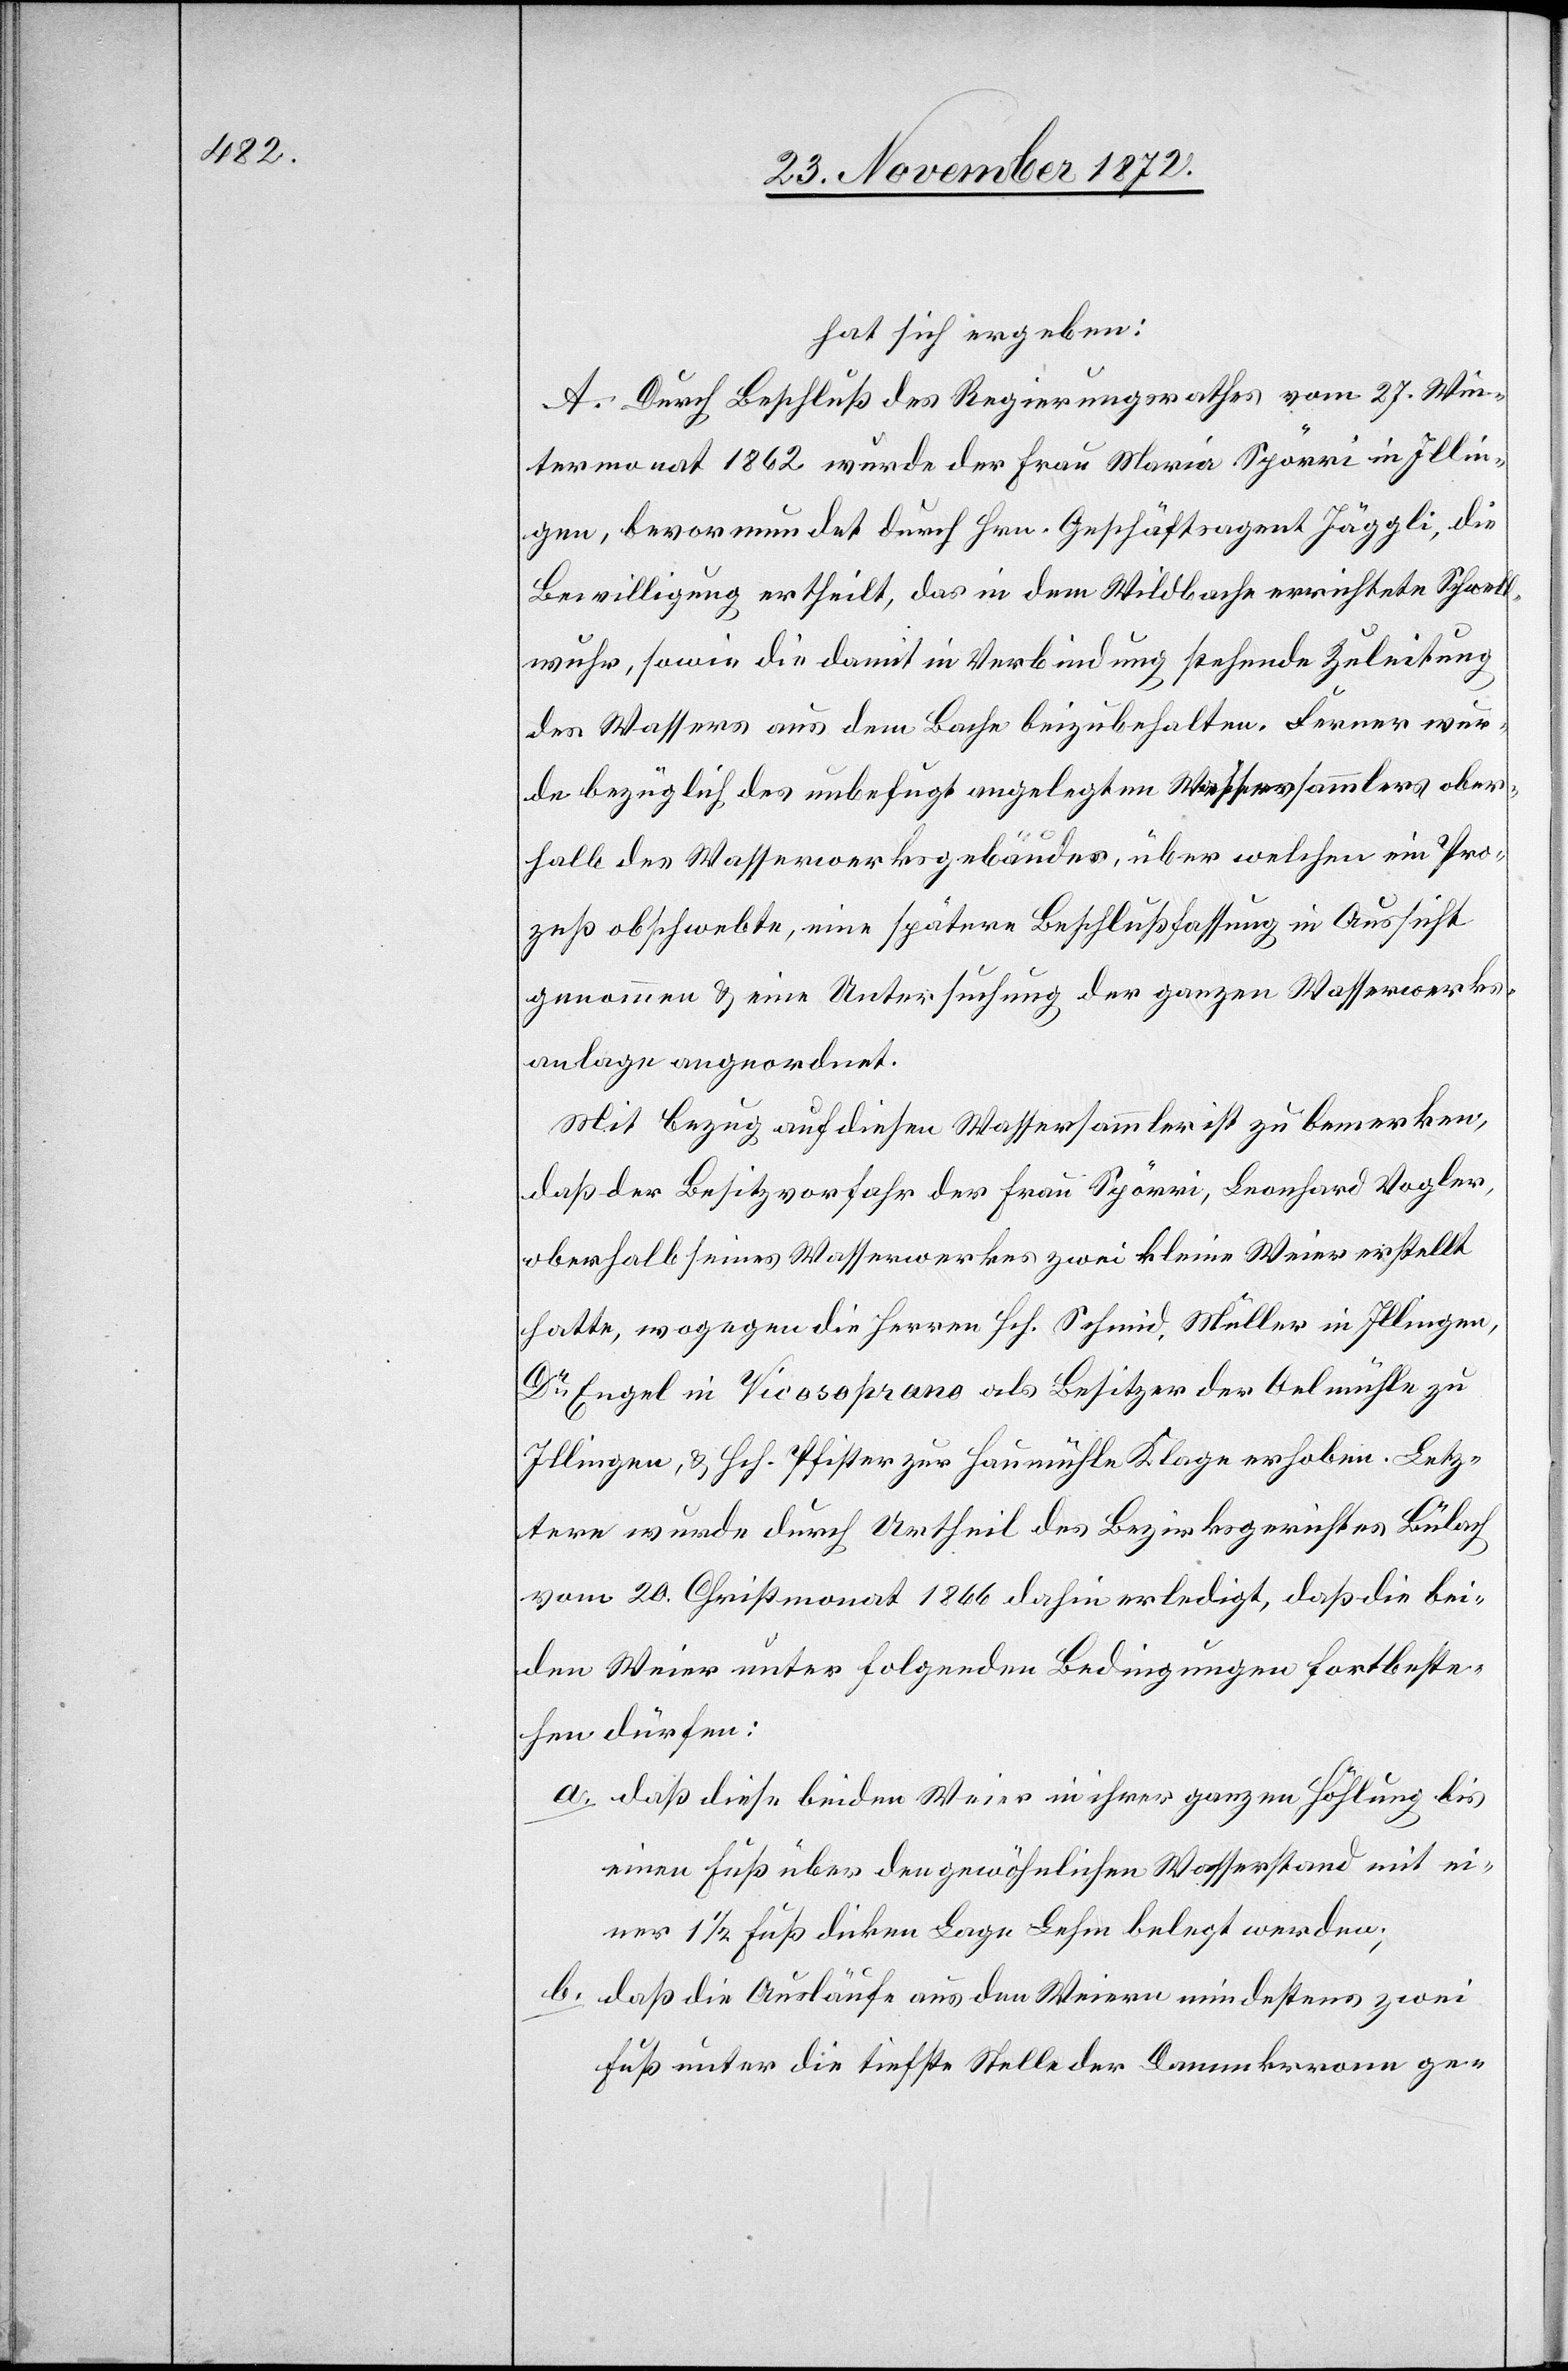
hat sich ergeben:
A. Durch Beschluß des Regierungsrathes vom 27. Win¬
termonat 1862 wurde der Frau Maria Spörri in Illin¬
gen, bevormundet durch Hrn. Geschäftsagent Jäggli, die
Bewilligung ertheilt, das in dem Wildbache errichtete Schwell¬
wuhr, sowie die damit in Verbindung stehende Zuleitung
des Wassers aus dem Bache beizubehalten. Ferner wur¬
de bezüglich des unbefugt angelegten Wassersammlers ober¬
halb des Wasserwerksgebäudes, über welchen ein Pro¬
zeß obschwebte, eine spätere Beschlußfassung in Aussicht
genommen u. eine Untersuchung der ganzen Wasserwerks¬
anlage angeordnet.
Mit Bezug auf diesen Wassersammler ist zu bemerken,
daß der Besitzvorfahr der Frau Spörri, Leonhard Vogler,
oberhalb seines Wasserwerkes zwei kleine Weier erstellt
hatte, wogegen die Herren Hch. Schmid, Müller in Illingen,
Dr Engel in Vicosoprano als Besitzer der Oelmühle zu
Illingen, u. Hch. Pfister zur Haumühle Klage erhoben. Letz¬
tere wurde durch Urtheil des Bezirksgerichtes Bülach
vom 20. Christmonat 1866 dahin erledigt, daß die bei¬
den Weier unter folgenden Bedingungen fortbeste¬
hen dürfen:
a. daß diese beiden Weier in ihrer ganzen Höhlung bis
einen Fuß über den gewöhnlichen Wasserstand mit ei¬
ner 1 1/2 Fuß dicken Lage Lehm belegt werden;
b. daß die Ausläufe aus den Weiern mindestens zwei
Fuß unter die tiefste Stelle der Dammkrrone